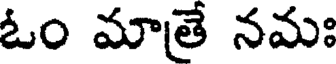
ఓం మాతే నమః